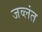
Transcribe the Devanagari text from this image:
जव्लंत